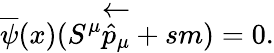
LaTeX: \overline{{\psi}}(x)(S^{\mu}\overleftarrow{{\hat{p}}_{\mu}}+sm)=0.